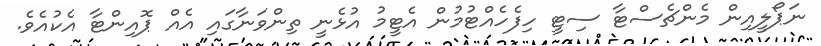
ނަޕޯލީއިން މެންޗެސްޓާ ސިޓީ ހިފެހެއްޓުމުން އެޓީމު އުޅެނީ ތިންވަނާގައި އެއް ޕޮއިންޓާ އެކުއެވެ.